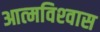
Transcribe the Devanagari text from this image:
आत्‍मविश्‍वास